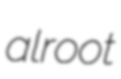
alroot